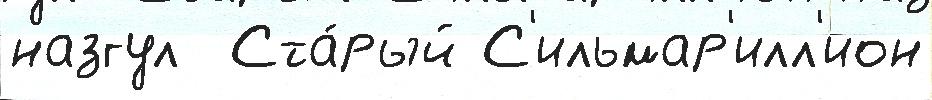
назгул  Ста́рый С'ильмар'илл'ион